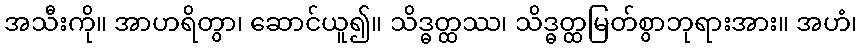
အသီးကို။ အာဟရိတွာ၊ ဆောင်ယူ၍။ သိဒ္ဓတ္ထဿ၊ သိဒ္ဓတ္ထမြတ်စွာဘုရားအား။ အဟံ၊